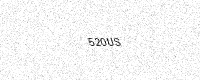
Text: 520US